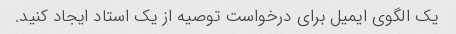
یک الگوی ایمیل برای درخواست توصیه از یک استاد ایجاد کنید.